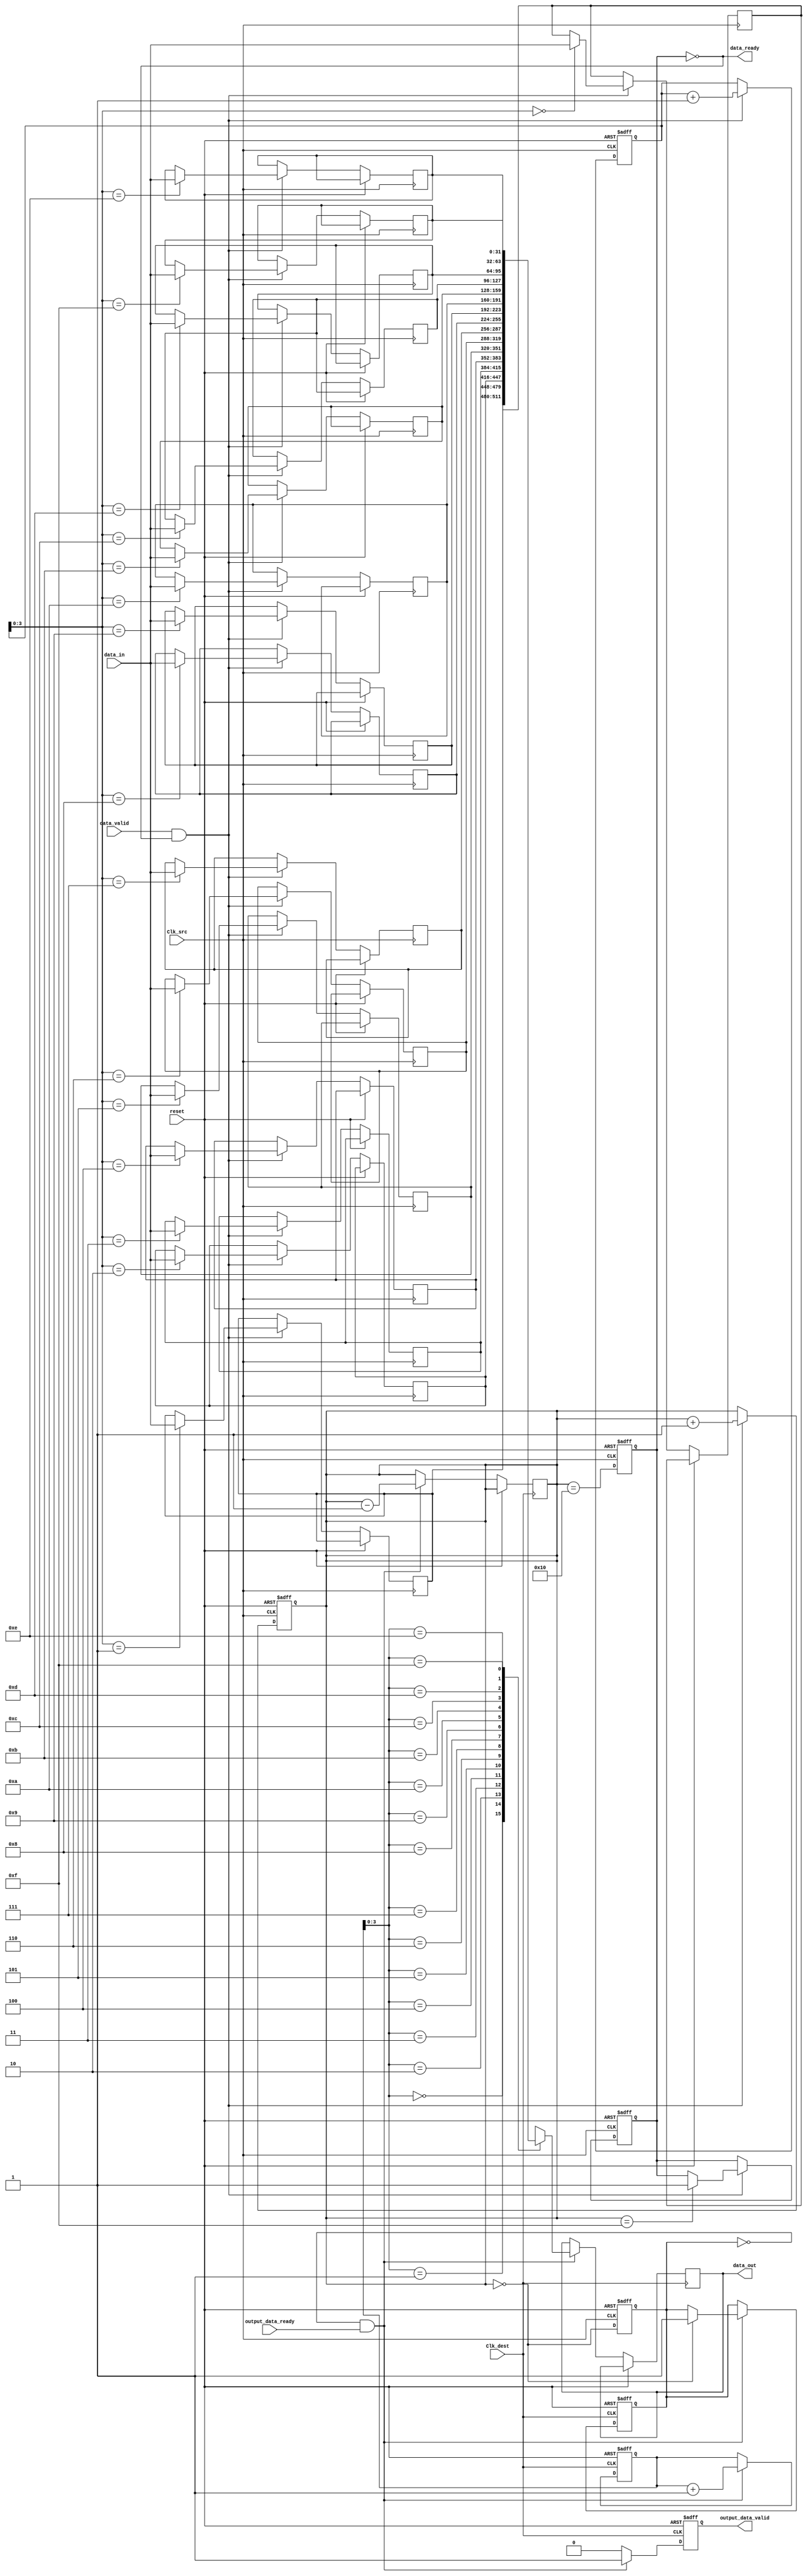
module burst_mode_synchronizer #(
    parameter DATA_WIDTH = 32,
    parameter FIFO_DEPTH = 16
)(
    input wire Clk_src,               // Source clock
    input wire Clk_dest,              // Destination clock
    input wire [DATA_WIDTH-1:0] data_in, // Data input from source clock domain
    input wire data_valid,            // Data valid signal from source clock domain
    output wire data_ready,           // Data ready signal for source clock domain
    output wire [DATA_WIDTH-1:0] data_out, // Synchronized data output to destination clock domain
    output wire output_data_valid,    // Output data valid signal for destination clock domain
    input wire output_data_ready,     // Output data ready signal for destination clock domain
    input wire reset                   // Asynchronous reset
);

    // FIFO buffer signals
    reg [DATA_WIDTH-1:0] fifo_mem [0:FIFO_DEPTH-1];
    reg [4:0] write_ptr, read_ptr;
    reg fifo_full, fifo_empty;
    reg [4:0] fifo_count;

    // Control signals
    reg burst_start;
    reg burst_complete;

    // Synchronization logic for control signals
    reg burst_start_sync1, burst_start_sync2;

    // Write logic (Clk_src domain)
    always @(posedge Clk_src or posedge reset) begin
        if (reset) begin
            write_ptr <= 0;
            fifo_count <= 0;
            fifo_full <= 0;
            burst_start <= 0;
        end else begin
            if (data_valid && !fifo_full) begin
                fifo_mem[write_ptr] <= data_in;
                write_ptr <= write_ptr + 1;
                fifo_count <= fifo_count + 1;
                if (fifo_count == FIFO_DEPTH - 1) begin
                    fifo_full <= 1;
                end
            end
            if (data_ready) begin
                burst_start <= 1;
            end
        end
    end

    // Read logic (Clk_dest domain)
    always @(posedge Clk_dest or posedge reset) begin
        if (reset) begin
            read_ptr <= 0;
            fifo_empty <= 1;
            output_data_valid <= 0;
            burst_complete <= 0;
        end else begin
            if (!fifo_empty && output_data_ready) begin
                data_out <= fifo_mem[read_ptr];
                output_data_valid <= 1;
                read_ptr <= read_ptr + 1;
                fifo_count <= fifo_count - 1;
                if (fifo_count == 0) begin
                    fifo_empty <= 1;
                    burst_complete <= 1;
                end
            end else begin
                output_data_valid <= 0;
            end
        end
    end

    // FIFO empty/full status
    always @(posedge Clk_src or posedge reset) begin
        if (reset) begin
            fifo_empty <= 1;
            fifo_full <= 0;
        end else begin
            fifo_empty <= (fifo_count == 0);
            fifo_full <= (fifo_count == FIFO_DEPTH);
        end
    end

    // Synchronize burst_start signal to destination clock domain
    always @(posedge Clk_src or posedge reset) begin
        if (reset) begin
            burst_start_sync1 <= 0;
            burst_start_sync2 <= 0;
        end else begin
            burst_start_sync1 <= burst_start;
            burst_start_sync2 <= burst_start_sync1;
        end
    end

    assign data_ready = !fifo_full; // Data ready signal for source domain

endmodule